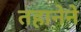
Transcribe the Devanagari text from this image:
तहानेने